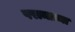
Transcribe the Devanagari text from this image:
परामात्मा